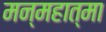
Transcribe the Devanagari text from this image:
मन्महात्मा